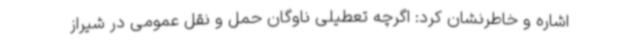
اشاره و خاطرنشان کرد: اگرچه تعطیلی ناوگان حمل و نقل عمومی در شیراز